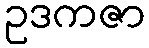
ဥဒကဇာ